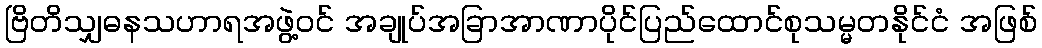
ဗြိတိသျှဓနသဟာရအဖွဲ့ဝင် အချုပ်အခြာအာဏာပိုင်ပြည်ထောင်စုသမ္မတနိုင်ငံ အဖြစ်